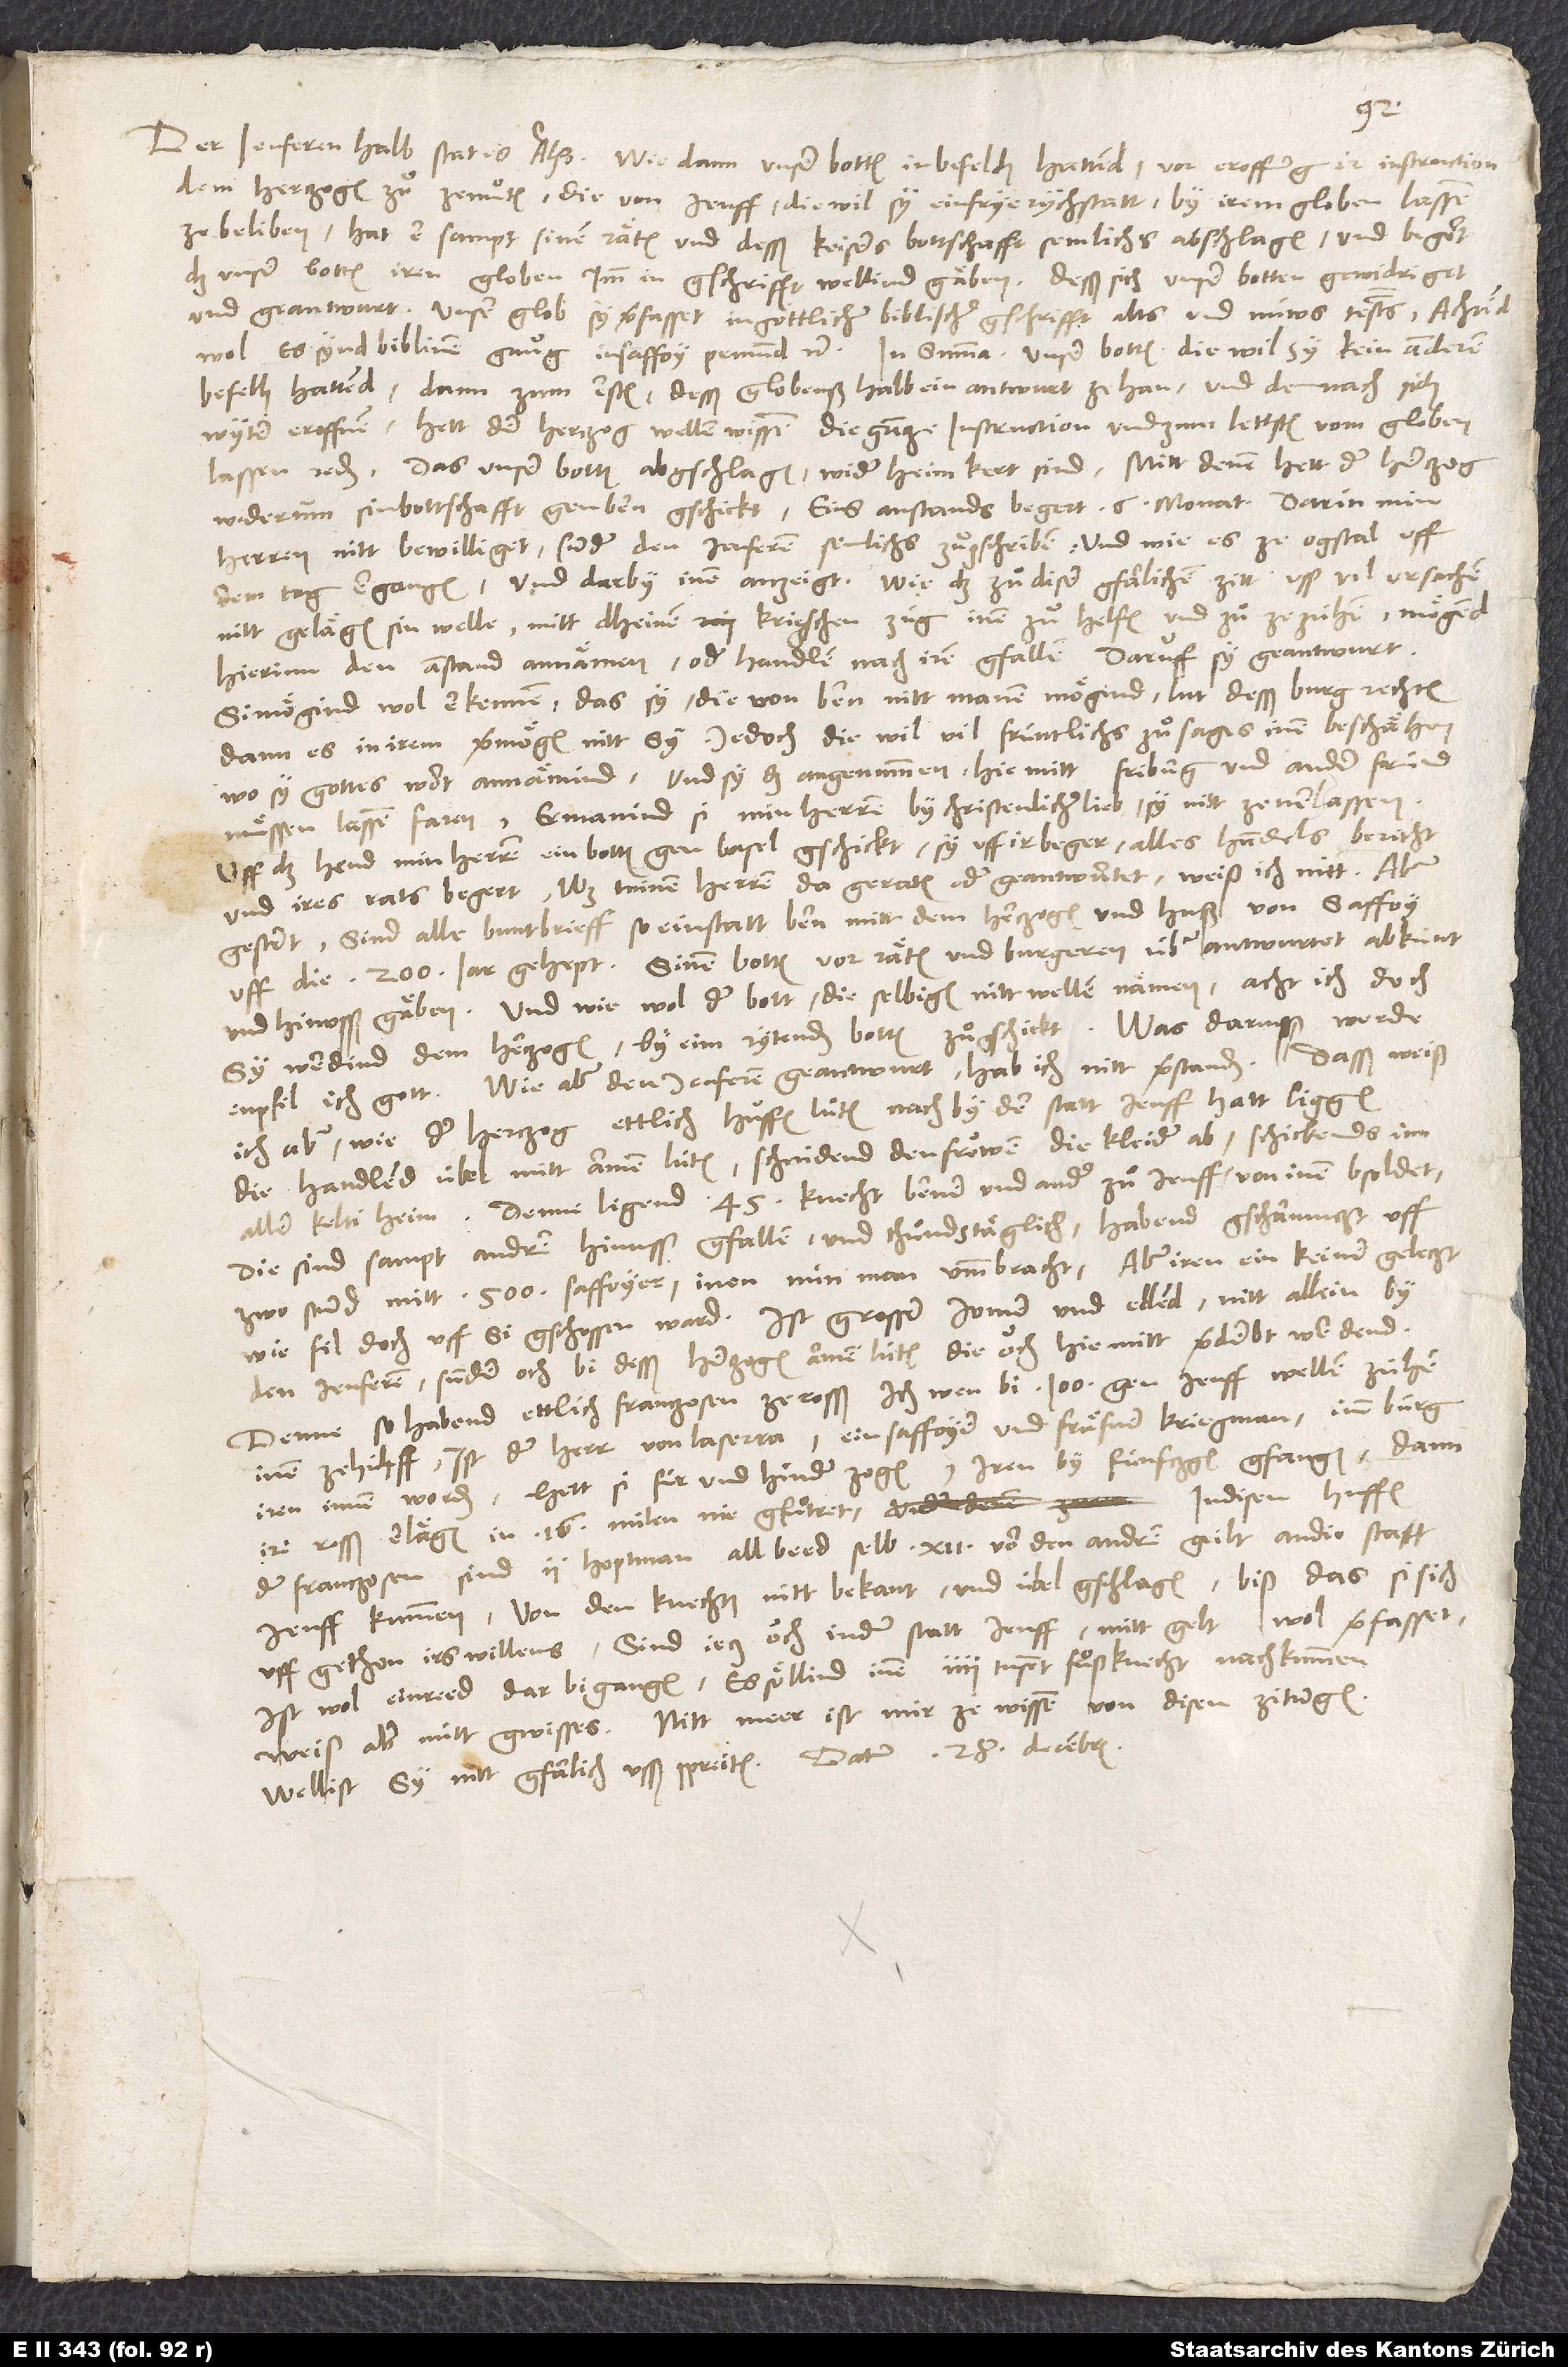
Der Jenferen halb stat es also: Wie dann unser botten in befelch hattend, vor eroffnung ir instruction
dem herczogen zuͦ zemuͦten, die von Jenff, die wil sy ein frye rychstatt, by irem globen lassen
ze beliben, hat er sampt sinen räten und desß keisers bottschaft semlichs abschlagen und begert,
daß unser botten iren globen imm in gschrifft wellind gäben, desß sich unser botten gewidriget
und geantwurt, unser glob sy verfasset in göttlicher biblischer gschrifft alts und nüws testaments;
wol, es synd biblinen gnuͦg in Saffoy, Pemund etc. In summa: Unser botten, die wil sy kein anderen
befelh hattend dann zum ersten desß globenß halb ein antwurt ze han und demnach sich
wyter eroffnen, hett der herczog wellen wissen die gancze instruction und zum lettsten vom globen
widerumm sin bottschafft gen Bern gschickt, eins anstands begert 6 monat, darin min
herren nitt bewilliget, sunder den Jenferen semlichs zuͦgschriben, und wie es ze Ogstal uff
dem Tag ergangen, und darby inen anzeigt, wie daß zuͦ diser gfarlichen zitt uss vil ursachen
nitt gelägen sin welle, mitt dheinem krigschen züg inen zuͦ helfen und zuͦ ze zühen, mögend
hierinn den anstand annämen oder handlen nach irem gfallen. Daruff sy geantwurt,
si mögind wol erkennen, das sy die von Bern nitt manen mögind lut desß burg rechten,
dann es in irem vermögen nitt sy. Jedoch die wil vil früntlichs zuͦsages inen beschähen,
wo sy gottes wort annämind, und sy das angenummen, hie mitt Friburg und ander fründ
muͤssen lassen faren, ermanind si min herren by christenlicher lieb, sy nitt zeverlassen.
Uff das hend min herren ein botten gen Basel gschickt, sy uff ir beger alles handels bericht
und ires rats begert. Was minen herren da geraten oder geantwurtet, weiß ich nitt. Aber
gestert sind alle buntbrieff, so ein statt Bern mitt dem herczogen und huß von Saffoy
uff die 200 jar gehept, sinen botten vor räten und burgeren überantwurtet, abkünt
und hinusß gäben. Und wie wol der bott die selbigen nitt wellen nämen, acht ich doch,
sy werdind dem herczogen by eim rytenden botten zuͦgschickt. Was darusß werde,
enpfil ich gott. Wie aber den Jenferen geantwurt, hab ich nitt verstanden. Dasß weiß
ich aber, wie der herczog ettlich huffen lüten nach by der statt Jenff hatt liggen,
die handlend übel mitt armen lüten, schnidend den frouwen die kleider ab, schickends inn
Denne ligend 45 knecht, Berner und ander, zuͦ Jenff, von inen bsoldet,
die sind sampt andern hinusß gfallen und thuͦnds täglich, habend gscharmüczt uff
zwo stund mitt 500 Saffoyer, inen nün man umbbracht, aber iren ein keiner geleczt,
wie fil doch uff si gschossen ward. Ist grosser jomer und ellend nitt allein by
den Jenferen, sunder och bi desß herczogen armen lüten, die ouch hie mitt verderbt werdend.
Denne so habend ettlich Franczosen ze rosß, ich wen bi 100, gen Jenff wellen zühen
inen zehilff, ist der herr von Laserra, ein Saffoyer und fräfner kriegman, imm bürg
iren innen worden, hett si für und hinder zogen, iren by fünfczgen gfangen, dann
ire rosß erlägen, in 16 milen nie gfuͦtret. In disem huffen
der Franczosen sind 2 hoptman, all beed selb 12, von den andren geilt, an die statt
Jenff kummen, von den knechten nitt bekant und übel gschlagen, biß das si sich
uff gethon irs willens; sind jecz ouch in der statt Jenff, mitt gelt wol verfasset.
Ist wol ein reed darbi gangen, es söllind innen 4 tusent fuͦßknecht nachkummen,
weiß aber nütt gwisses. Nitt meer ist mir ze wissen von disen zitungen.